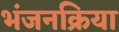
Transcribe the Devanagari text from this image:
भंजनक्रिया